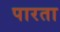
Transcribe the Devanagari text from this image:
पारता